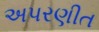
અપરણીત